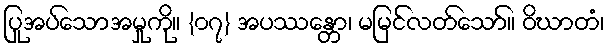
ပြုအပ်သောအမှုကို။ {၀၇} အပဿန္တော၊ မမြင်လတ်သော်။ ဝိဃာတံ၊